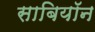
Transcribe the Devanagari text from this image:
साबियॉन